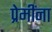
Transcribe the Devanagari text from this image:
प्रेमींना